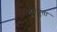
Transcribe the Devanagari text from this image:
भूतंगुता